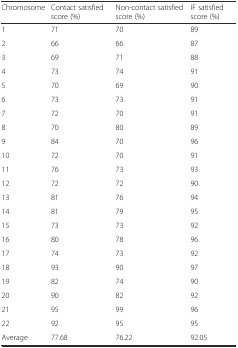
<table><thead><tr><td><b>Chromosome</b></td><td><b>Contact satisfied score (%)</b></td><td><b>Non-contact satisfied score (%)</b></td><td><b>IF satisfied score (%)</b></td></tr></thead><tbody><tr><td>1</td><td>71</td><td>70</td><td>89</td></tr><tr><td>2</td><td>66</td><td>66</td><td>87</td></tr><tr><td>3</td><td>69</td><td>71</td><td>88</td></tr><tr><td>4</td><td>73</td><td>74</td><td>91</td></tr><tr><td>5</td><td>70</td><td>69</td><td>90</td></tr><tr><td>6</td><td>73</td><td>73</td><td>91</td></tr><tr><td>7</td><td>72</td><td>70</td><td>91</td></tr><tr><td>8</td><td>70</td><td>80</td><td>89</td></tr><tr><td>9</td><td>84</td><td>70</td><td>96</td></tr><tr><td>10</td><td>72</td><td>70</td><td>91</td></tr><tr><td>11</td><td>76</td><td>73</td><td>93</td></tr><tr><td>12</td><td>72</td><td>72</td><td>90</td></tr><tr><td>13</td><td>81</td><td>76</td><td>94</td></tr><tr><td>14</td><td>81</td><td>79</td><td>95</td></tr><tr><td>15</td><td>73</td><td>73</td><td>92</td></tr><tr><td>16</td><td>80</td><td>78</td><td>96</td></tr><tr><td>17</td><td>74</td><td>73</td><td>92</td></tr><tr><td>18</td><td>93</td><td>90</td><td>97</td></tr><tr><td>19</td><td>82</td><td>74</td><td>90</td></tr><tr><td>20</td><td>90</td><td>82</td><td>92</td></tr><tr><td>21</td><td>95</td><td>99</td><td>96</td></tr><tr><td>22</td><td>92</td><td>95</td><td>95</td></tr><tr><td>Average</td><td>77.68</td><td>76.22</td><td>92.05</td></tr></tbody></table>